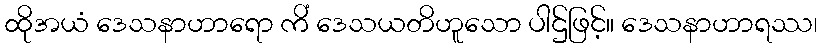
ထိုအယံ ဒေသနာဟာရော ကိံ ဒေသယတိဟူသော ပါဌ်ဖြင့်။ ဒေသနာဟာရဿ၊